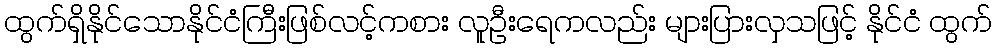
ထွက်ရှိနိုင်သောနိုင်ငံကြီးဖြစ်လင့်ကစား လူဦးရေကလည်း များပြားလှသဖြင့် နိုင်ငံ ထွက်